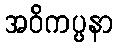
အဝိကပ္ပနာ